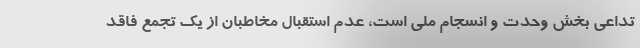
تداعی بخش وحدت و انسجام ملی است، عدم استقبال مخاطبان از یک تجمع فاقد